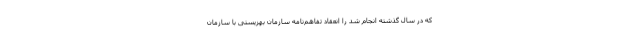
که در سال گذشته انجام شد را انعقاد تفاهم‌نامه سازمان بهزیستی با سازمان